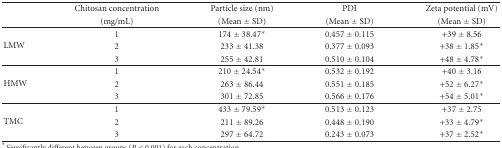
|  | Chitosan concentration | Particle size (nm) | PDI | Zeta potential (mV) |
 |  | (mg/mL) | (Mean ± SD) | (Mean ± SD) | (Mean ± SD) |
 | --- | --- | --- | --- | --- |
 | <ROWSPAN=3> LMW | 1 | 174 ± 38.47∗ | 0.457 ± 0.115 | +39 ± 8.56 |
 | 2 | 233 ± 41.38 | 0.377 ± 0.093 | +38 ± 1.85∗ |
 | 3 | 255 ± 42.81 | 0.510 ± 0.104 | +48 ± 4.78∗ |
 | <ROWSPAN=3> HMW | 1 | 210 ± 24.54∗ | 0.532 ± 0.192 | +40 ± 3.16 |
 | 2 | 263 ± 86.44 | 0.551 ± 0.185 | +52 ± 6.27∗ |
 | 3 | 301 ± 72.85 | 0.566 ± 0.176 | +54 ± 5.01∗ |
 | <ROWSPAN=3> TMC | 1 | 433 ± 79.59∗ | 0.513 ± 0.123 | +37 ± 2.75 |
 | 2 | 211 ± 89.26 | 0.448 ± 0.190 | +33 ± 4.79∗ |
 | 3 | 297 ± 64.72 | 0.243 ± 0.073 | +37 ± 2.52∗ |